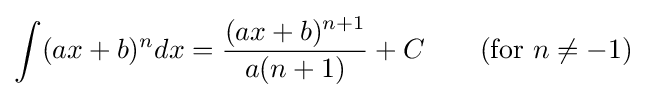
\int (ax+b)^{n}dx={\frac {(ax+b)^{n+1}}{a(n+1)}}+C\qquad {\mbox{(for }}n\neq -1{\mbox{)}}\,\!